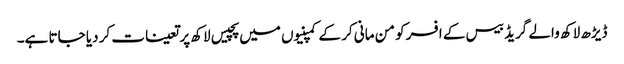
ڈیڑھ لاکھ والے گریڈ بیس کے افسر کو من مانی کر کے کمپنیوں میں پچیس لاکھ پر تعینات کر دیا جاتا ہے۔